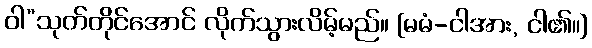
ဝါ”သုတ်တိုင်အောင် လိုက်သွားလိမ့်မည်။ [မမံ-ငါအား, ငါ၏။]